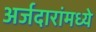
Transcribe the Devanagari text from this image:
अर्जदारांमध्ये